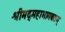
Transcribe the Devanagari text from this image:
श्रीमद्महाभागवतम्